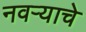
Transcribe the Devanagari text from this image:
नवऱ्याचे